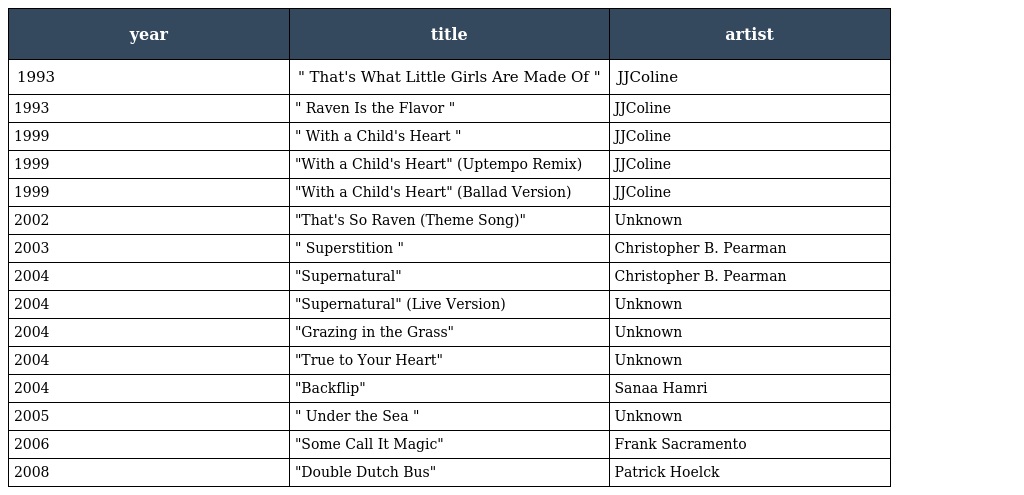
| year | title | artist |
 | --- | --- | --- |
 | 1993 | " That's What Little Girls Are Made Of " | JJColine |
 | 1993 | " Raven Is the Flavor " | JJColine |
 | 1999 | " With a Child's Heart " | JJColine |
 | 1999 | "With a Child's Heart" (Uptempo Remix) | JJColine |
 | 1999 | "With a Child's Heart" (Ballad Version) | JJColine |
 | 2002 | "That's So Raven (Theme Song)" | Unknown |
 | 2003 | " Superstition " | Christopher B. Pearman |
 | 2004 | "Supernatural" | Christopher B. Pearman |
 | 2004 | "Supernatural" (Live Version) | Unknown |
 | 2004 | "Grazing in the Grass" | Unknown |
 | 2004 | "True to Your Heart" | Unknown |
 | 2004 | "Backflip" | Sanaa Hamri |
 | 2005 | " Under the Sea " | Unknown |
 | 2006 | "Some Call It Magic" | Frank Sacramento |
 | 2008 | "Double Dutch Bus" | Patrick Hoelck |